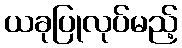
ယခုပြုလုပ်မည့်